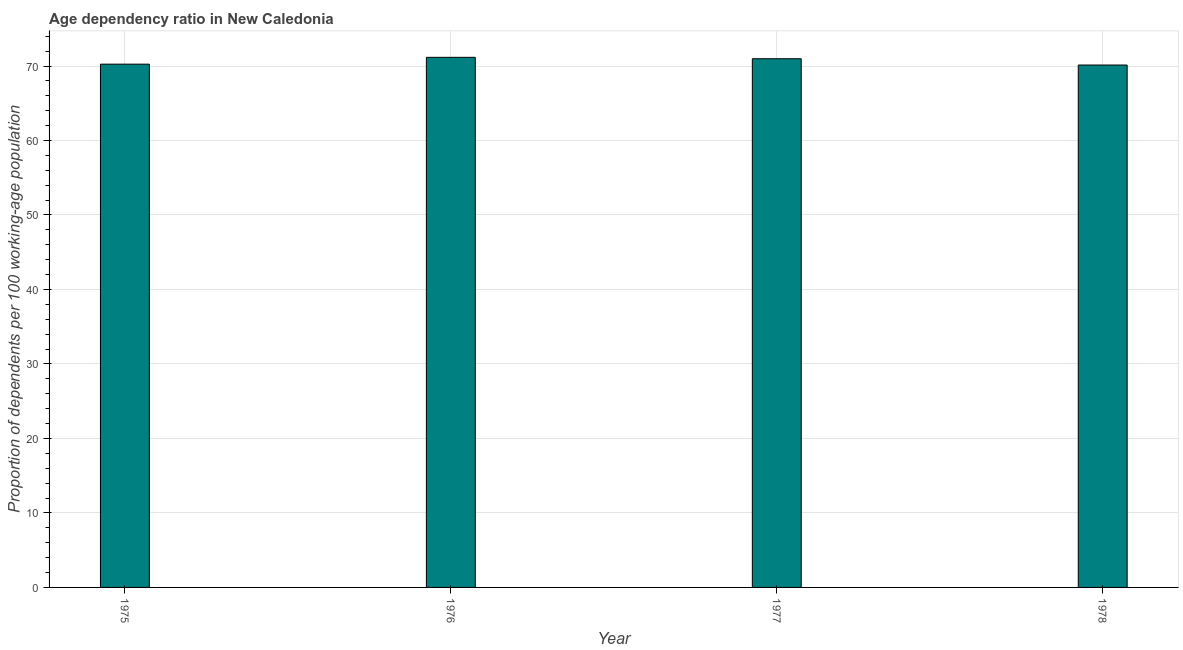
| Year | Age dependency ratio (% of working-age population) |
 | --- | --- |
 | 1975 | 70.3 |
 | 1976 | 71.2 |
 | 1977 | 71 |
 | 1978 | 70.1 |